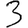
Digit: 3